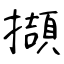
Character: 擷